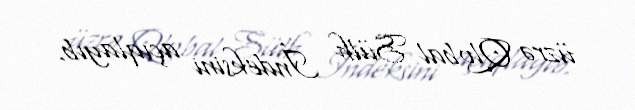
üzrə Qlobal Sülh İndeksini açıqlayıb.